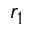
r _ { 1 }